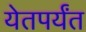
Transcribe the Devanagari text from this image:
येतपर्यंत